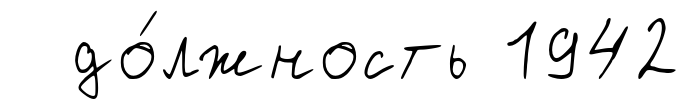
до́лжность 1942